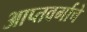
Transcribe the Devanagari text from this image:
आप्तवर्गाचे